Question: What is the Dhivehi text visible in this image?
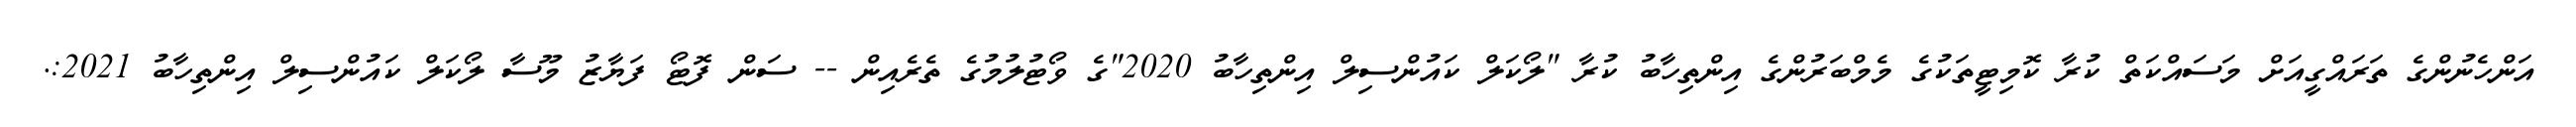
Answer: އަންހެނުންގެ ތަރައްގީއަށް މަސައްކަތް ކުރާ ކޮމިޓީތަކުގެ މެމްބަރުންގެ އިންތިހާބު ކުރާ "ލޯކަލް ކައުންސިލް އިންތިހާބު 2020"ގެ ވޯޓުލުމުގެ ތެރެއިން -- ސަން ފޮޓޯ ފަޔާޒު މޫސާ ލޯކަލް ކައުންސިލް އިންތިހާބު 2021:.